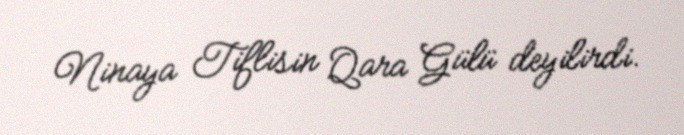
Ninaya Tiflisin Qara Gülü deyilirdi.